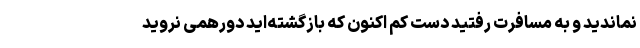
نماندید و به مسافرت رفتید دست کم اکنون که بازگشته‌اید دورهمی نروید